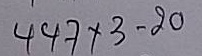
447 x 3 = 20